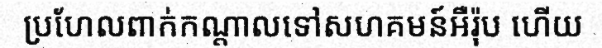
ប្រហែលពាក់កណ្តាលទៅសហគមន៍អឺរ៉ុប ហើយ